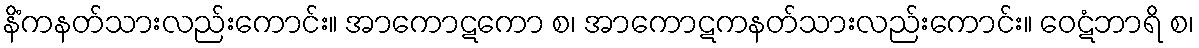
နိံကနတ်သားလည်းကောင်း။ အာကောဋကော စ၊ အာကောဋကနတ်သားလည်းကောင်း။ ဝေဋံဘာရိ စ၊